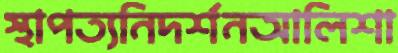
স্থাপত্যনিদর্শনআলিশা